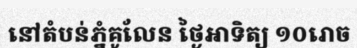
នៅតំបន់ភ្នំគូលែន ថ្ងៃអាទិត្យ ១០រោច